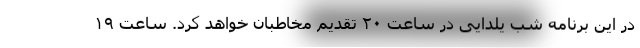
در این برنامه شب یلدایی در ساعت ٢٠ تقدیم مخاطبان خواهد کرد. ساعت ١٩